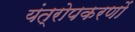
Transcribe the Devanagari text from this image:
यंत्रोपकरणों